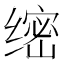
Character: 𱺫